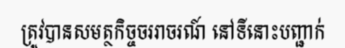
ត្រូវបានសមត្ថកិច្ចចររាចរណ៍ នៅទីនោះបញ្ជាក់